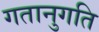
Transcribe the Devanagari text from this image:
गतानुगति